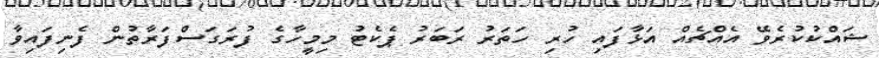
ޝައްކުކުރެވޭ އެއްޗެއް އަޅާފައި ހުރި ހަތަރު ރަބަރު ޕެކެޓު މިމީހާގެ ފުރަގަސްފަރާތުން ފެނިފައިވާ